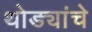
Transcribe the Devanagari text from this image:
थोड्यांचे